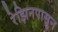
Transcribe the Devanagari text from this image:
रेझिनपासून